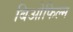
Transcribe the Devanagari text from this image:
बिओफिल्म